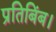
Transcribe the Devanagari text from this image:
प्रतिबिंब।